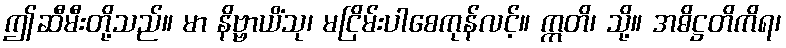
ဤဆီမီးတို့သည်။ မာ နိဗ္ဗာယိံသု၊ မငြိမ်းပါစေကုန်လင့်။ ဣတိ၊ သို့။ အဓိဋ္ဌတိကိရ၊